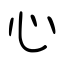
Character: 心